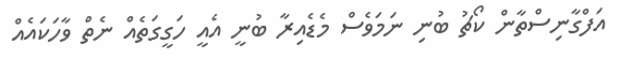
އަފްގާނިސްތާން ކޯޗު ބުނި ނަމަވެސް މެޑެއިރާ ބުނީ އެއީ ހަގީގަތެއް ނެތް ވާހަކައެއް